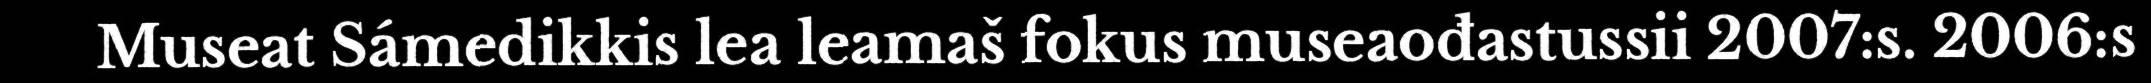
Museat Sámedikkis lea leamaš fokus museaođastussii 2007:s. 2006:s